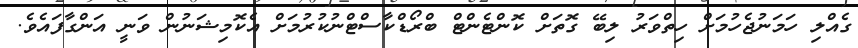
ގެއްލި ހަމަނުޖެހުމަށް ހިތްވަރު ލިބޭ ގޮތަށް ކޮންޓެންޓް ބްރޯޑްކާސްޓްނުކުރުމަށް އެކޮމިޝަނުން ވަނީ އަންގާފައެވެ.